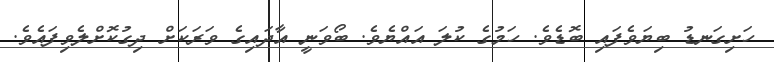
ހަށިގަނޑު ބިޔަވެފައި ބޮޑެވެ. ހަމުގެ ކުލަ އައްޔެވެ. ބޯވަނީ އާދައިގެ ވަރަކަށް ދިގުކޮށްލެވިފައެވެ.